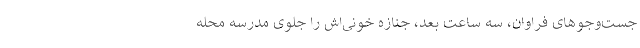
جست‌و‌جو‌های فراوان، سه ساعت بعد، جنازه خونی‌اش را جلوی مدرسه محله